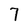
Character: 7